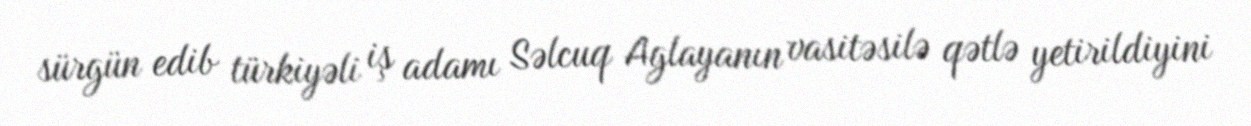
sürgün edib türkiyəli iş adamı Səlcuq Aglayanın vasitəsilə qətlə yetirildiyini